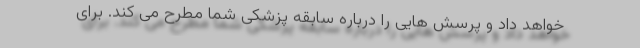
خواهد داد و پرسش هایی را درباره سابقه پزشکی شما مطرح می کند. برای